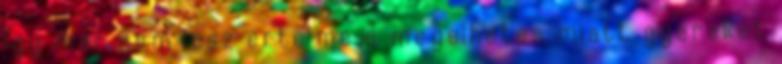
Igy mar nem lesz ertelme a megelhetes miatt gyereket